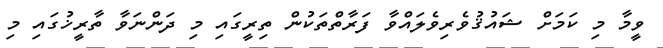
ވީމާ މި ކަމަށް ޝައުޤުވެރިވެލައްވާ ފަރާތްތަކުން ތިރީގައި މި ދަންނަވާ ތާރީޚުގައި މި